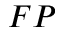
F P